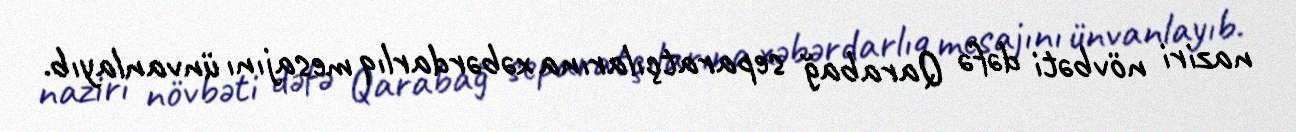
naziri növbəti dəfə Qarabağ separatçılarına xəbərdarlıq mesajını ünvanlayıb.